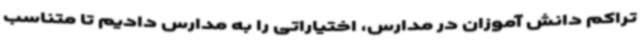
تراکم دانش آموزان در مدارس، اختیاراتی را به مدارس دادیم تا متناسب